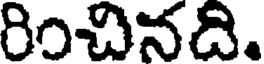
రించినది.